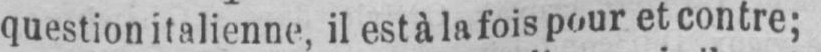
question italienne, il est à la fois pour et contre;